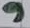
Text: 9